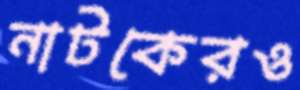
নাটকেরও